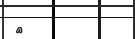
٢